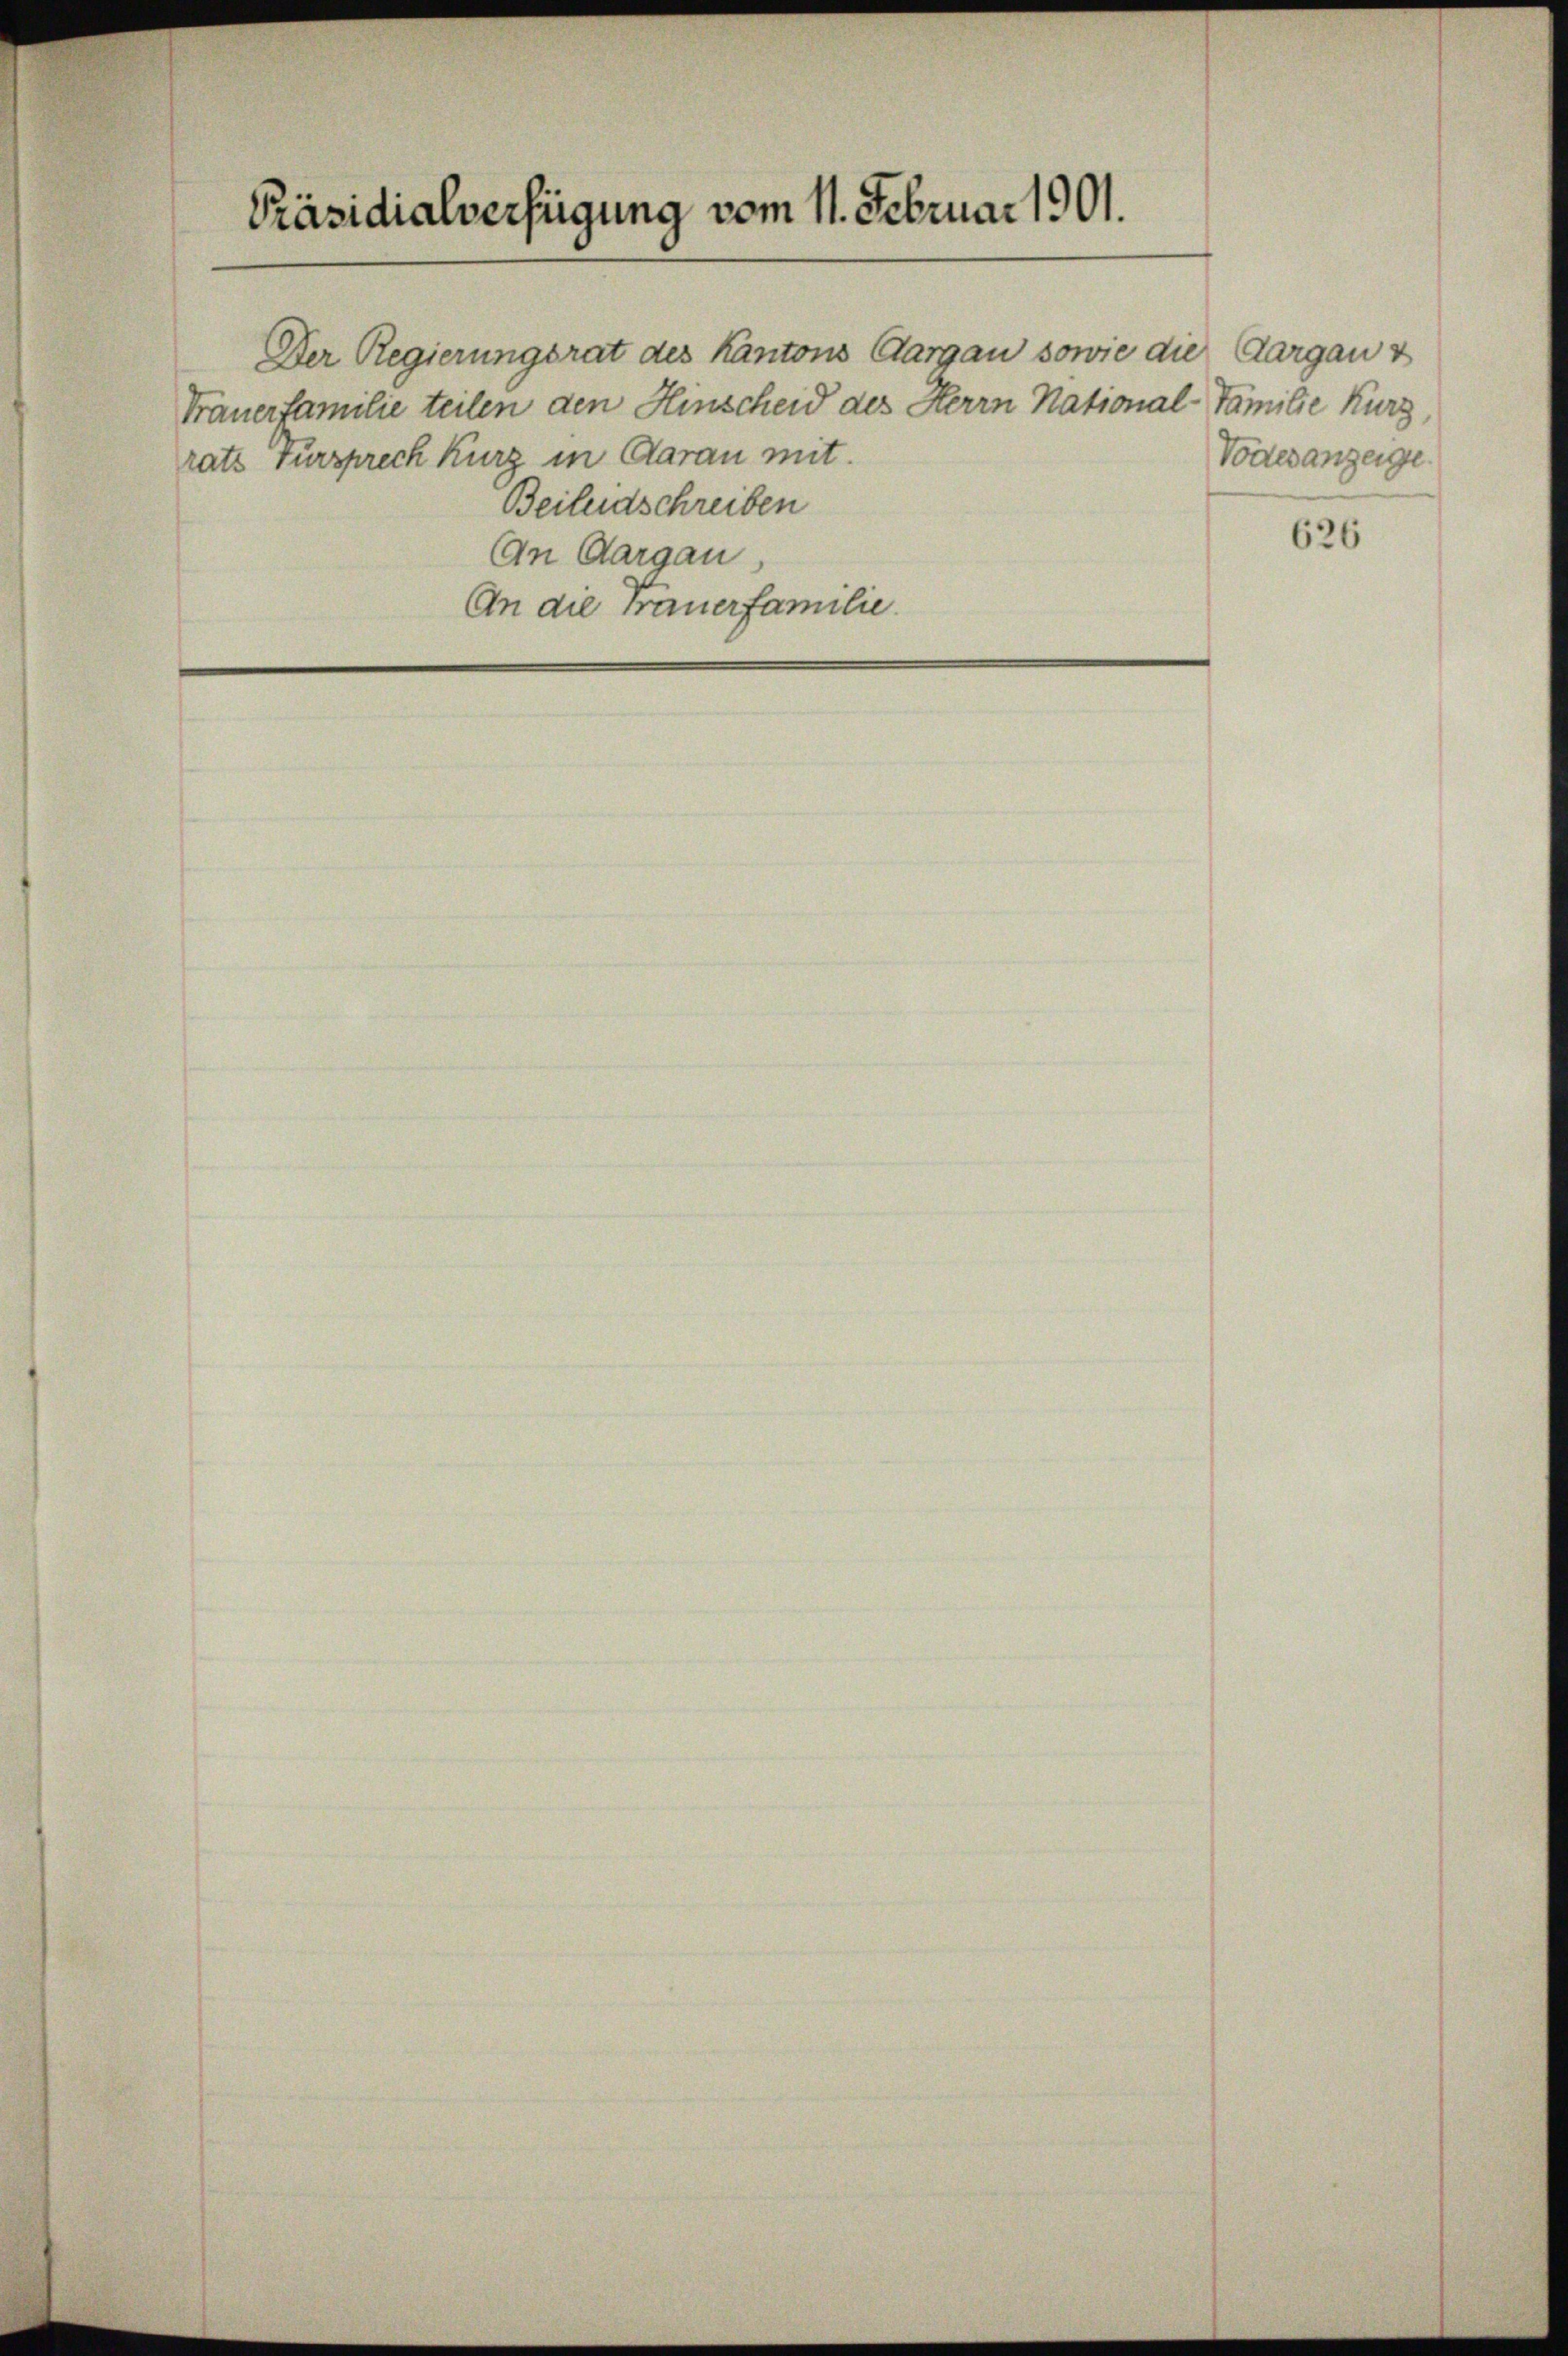
Präsidialverfügung vom 11. Februar 1901.

Der Regierungsrat des Kantons Aargau sowie die Aargau v
Frauerfamilie teilen den Hinscheid des Herrn National-Familie Kurz,
rats Tursprech Kurz in Aarau mit.
Beileidschreiben
An Aargau
An die Frauerfamilie.

Vodesanzeige

626